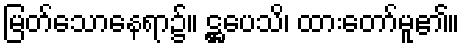
မြတ်သောနေရာ၌။ ဋ္ဌပေသိ၊ ထားတော်မူ၏။